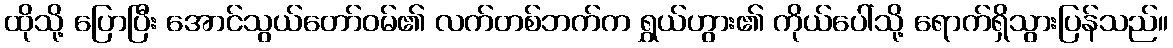
ထိုသို့ ပြောပြီး အောင်သွယ်တော်ဝမ်၏ လက်တစ်ဘက်က ရွှယ်ဟွား၏ ကိုယ်ပေါ်သို့ ရောက်ရှိသွားပြန်သည်။